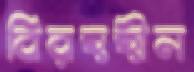
বিরহহীন